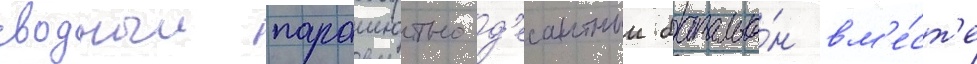
сводныи парашютно-д'есантныи батальо́н вм'е́ст'е